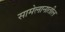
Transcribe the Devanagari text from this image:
सामेलानातील